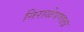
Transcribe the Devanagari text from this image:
निराळेपणाला